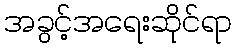
အခွင့်အရေးဆိုင်ရာ